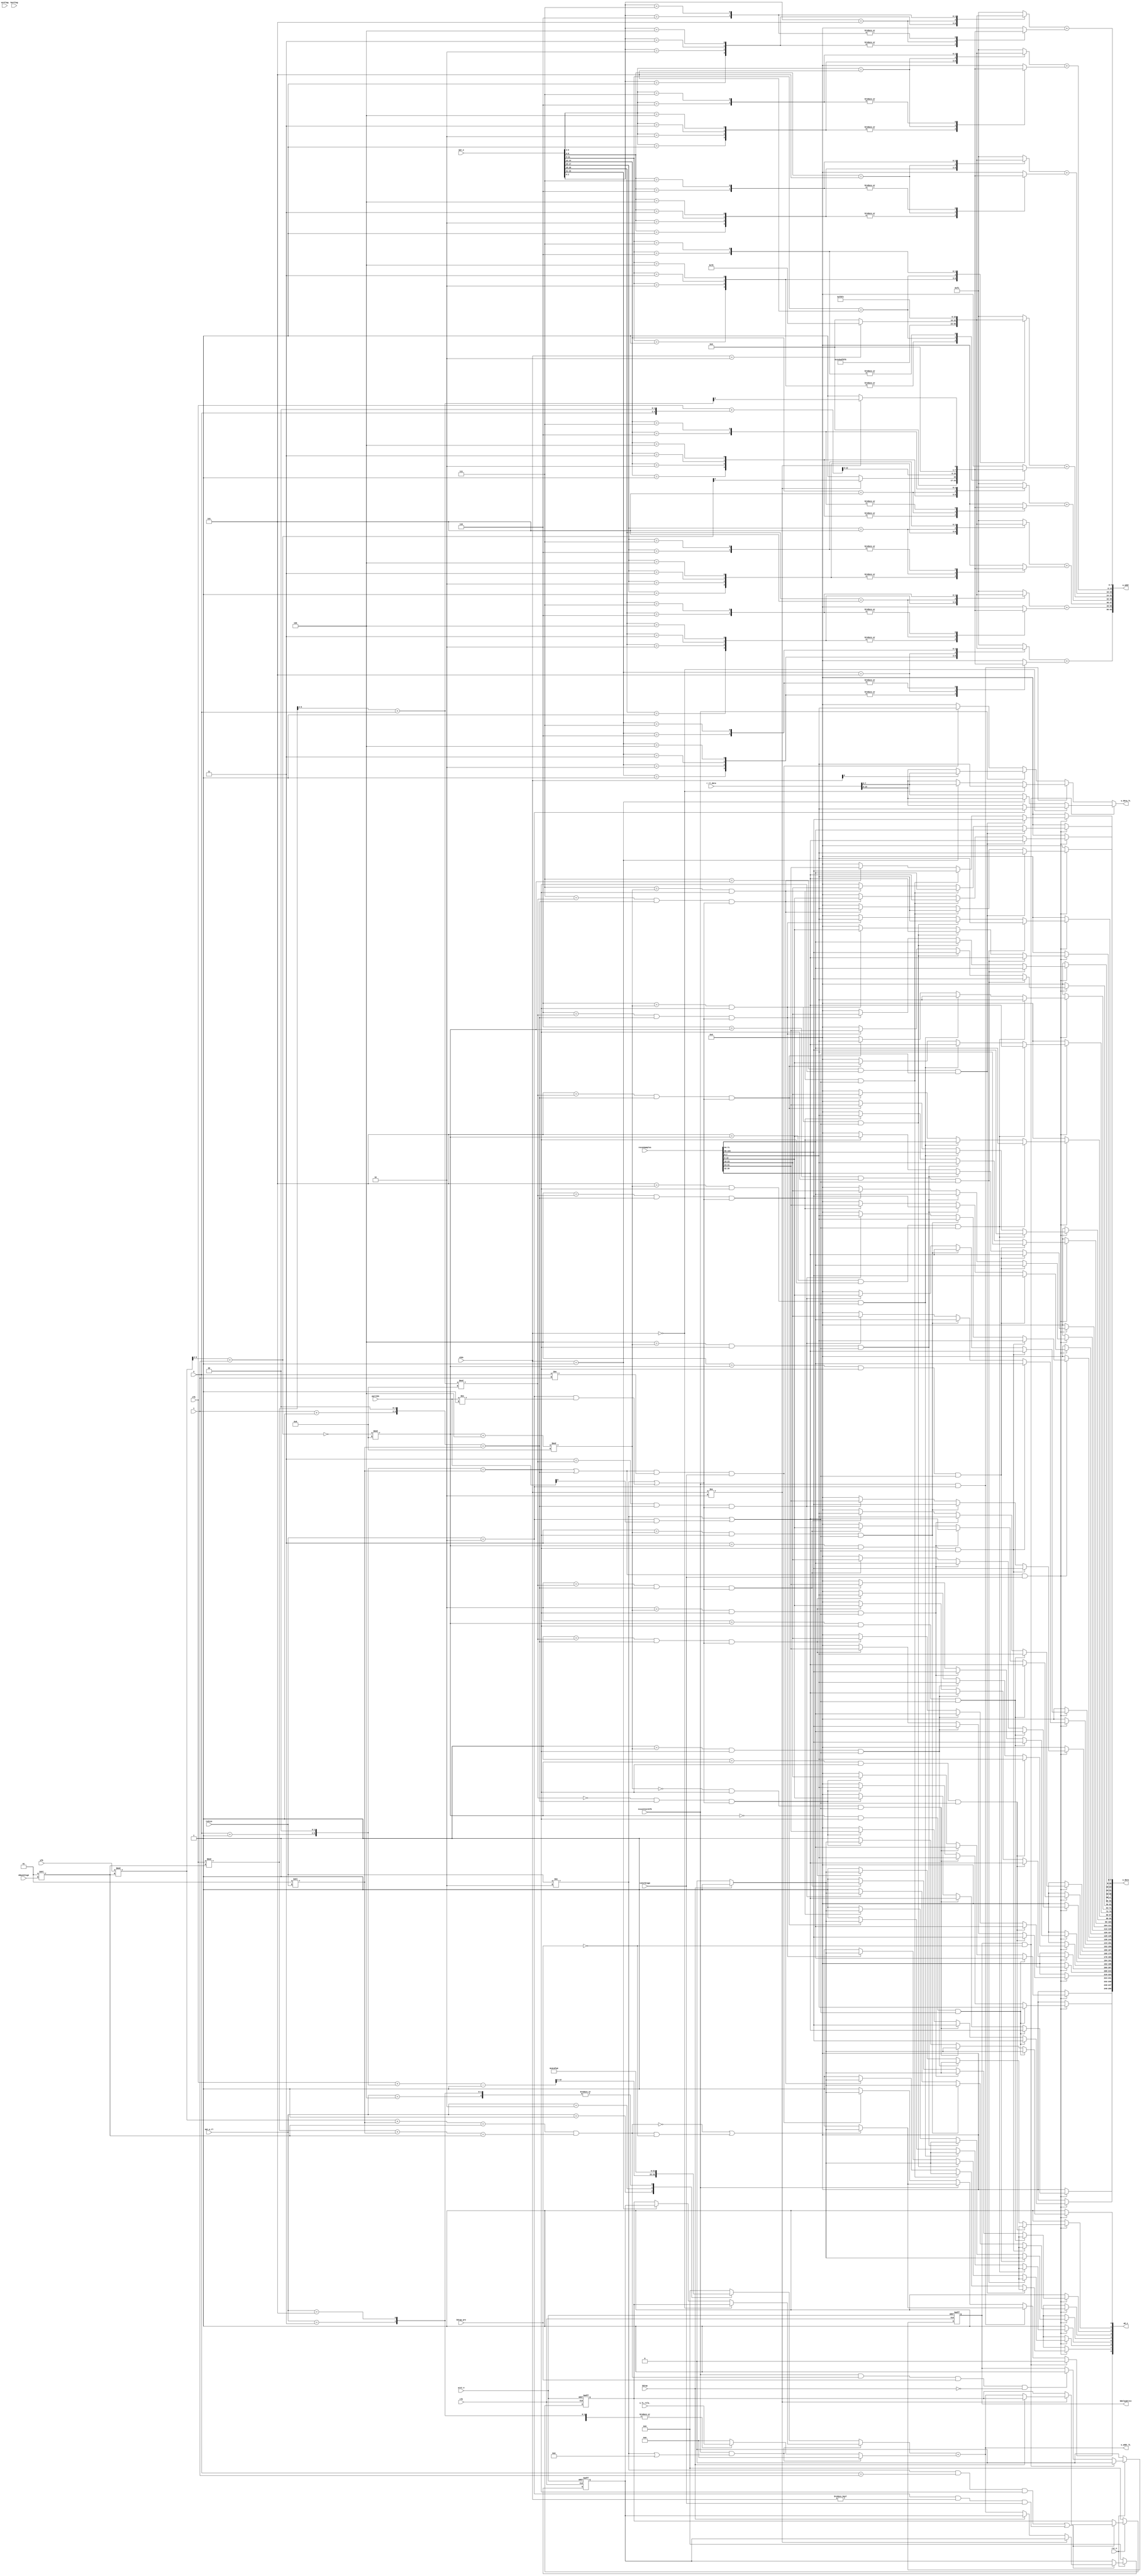
`timescale 1ns/1ps
module intra_write(
	clk,
	rst_n,
	arst_n,
	bStop,
	bStop_pre,
	reconSamples		//i
	,xTb
	,yTb
	,X
	,Y
	,tuSize
	,partIdx
	,nMaxCUlog2
	,verFlag
	,horFlag
	,isLastCycInTb
	,r_tl_data
	,isCalStage
	,cIdx
	
	,w_data				//o
	,w_data_TL
	,w_addr
	,w_addr_TL
	,wE_n 
	,bDelayWrite
	
	,opt_w_tl
	,opt_w
	,w_TL_rela_
);

	parameter					isChroma=0;
	parameter 					bitDepth = 8;
	parameter AW = 8;
	parameter SRAMDW = bitDepth*4;
	parameter AW_TL = 11;
	parameter nSRAMs = 8;
	
	parameter 							PIC_WIDTH = 7680;
	parameter							ADR_BASE = PIC_WIDTH>>5;
	parameter							ADR_BASE_TL = PIC_WIDTH>>2;
	
	input 								clk,rst_n,arst_n,bStop,bStop_pre;
	input [16*bitDepth-1:0]  			reconSamples;
	input [12:0]						xTb;
	input [12:0]						yTb;
	input [2:0]							X,Y;
	input [2:0] 						tuSize;
	input [bitDepth*2-1:0]  			r_tl_data;
	reg [bitDepth-1:0]  				r_tl_4,r_tl_4_cr;
	
	input [1:0]							partIdx;
	input [2:0]							nMaxCUlog2;
	input [15:0]						verFlag,horFlag;
	input								isLastCycInTb;
	input								isCalStage;
	input [1:0]							cIdx;
	
	input [3*8-1:0]						opt_w;
	input [2:0]							opt_w_tl;	
	input [4:0]							w_TL_rela_;
	
	output reg [SRAMDW*8-1:0]			w_data;
	output reg [bitDepth-1:0]			w_data_TL;
	output reg [AW*8-1:0]				w_addr;
	output reg [AW_TL-1:0]				w_addr_TL;
	output reg [8:0]                    wE_n;
	output reg 							bDelayWrite;
	
	reg [12:0] 							w_TL_base ;
	reg signed [4:0]					w_TL_rela ;

	reg [AW_TL-1:0]						reg_TL_adr,reg_TL_adr_cr;
	reg	[13:0]							xTbPlusXmin1;
	reg [bitDepth-1:0] 					recon[3:0][3:0];
	reg [bitDepth-1:0]					sramPix[7:0][3:0];
	reg [AW-1:0]			 			adr[7:0];


		
	
	reg [3:0] 							x_4inMaxCb,y_4inMaxCb; 
	reg [AW-1:0] 						adrShift[7:0];
	reg [AW-1:0] 						relaAdr[7:0];
	reg [6:0] 							nPB,nMaxCb;
	reg [6:0]							y_bar,x_bar;
	reg [5:0] 							Xplus1sf2,Yplus1sf2;
	reg 	  							addrYUVSel;
	reg									isLastTu;
	
	reg [2:0]							opt_tl;
	reg [2:0]							opt[7:0];	
	

	
	always @(*)	begin
		Xplus1sf2 = (X+1)<<2;
		Yplus1sf2 = (Y+1)<<2;
		addrYUVSel  = (cIdx[0]||cIdx[1]);
	
		nPB = 1<<tuSize;
		x_4inMaxCb = (xTb%nMaxCb>>2)+X;
		y_4inMaxCb = (yTb%nMaxCb>>2)+Y;
	
		xTbPlusXmin1 = xTb+Xplus1sf2-1;
		x_bar = xTbPlusXmin1%nMaxCb;
		y_bar = (yTb+Yplus1sf2-1)%nMaxCb;
		nMaxCb = (1<<nMaxCUlog2);
		isLastTu = (yTb%nMaxCb+nPB)==nMaxCb && (xTb%nMaxCb+nPB==nMaxCb);
		{r_tl_4,r_tl_4_cr} = r_tl_data;
		{opt_tl,opt[0],opt[1],opt[2],opt[3],opt[4],opt[5],opt[6],opt[7]} = {opt_w_tl,opt_w};
	end

	generate
	  genvar i,j;
	  for(i=0;i<4; i=i+1)begin: xi		//i: row
		  for(j=0 ;j<4;j=j+1) begin: xj		//j: col
		   always @(*)  begin   
		      recon[i][j] =  reconSamples[16*bitDepth-1-bitDepth*(4*i+j):15*bitDepth-bitDepth*(4*i+j)];
		  end
		 end
		end
		
	  genvar k,l;
	  for(k=0;k<8; k=k+1)begin	:xk		//k: row
		  for(l=0 ;l<4;l=l+1) begin: xl		//l: col
		   always @(*)  begin   
			  w_data [bitDepth*32-1-bitDepth*(4*k+l):bitDepth*31-bitDepth*(4*k+l)] =  sramPix[k][l];
		  end
		 end
		 always @(*)     
		    w_addr [8*AW-1 - AW*k : 7*AW - AW*k ]  = adr[k];		//[63 - AW*k : 56 - AW*k ]
		 
		end
		
		
	endgenerate

	/*<--------  write to SRAM TL*/
	always @(posedge clk or negedge arst_n)	begin
		if(~arst_n)	begin
			reg_TL_adr <=0 ;
			reg_TL_adr_cr <=0 ;
			bDelayWrite <= 0;
			end
		else if(!rst_n)	begin
			reg_TL_adr <=0 ;
			reg_TL_adr_cr <=0 ;
			bDelayWrite <= 0;
			end
		else 	begin
			if((tuSize!= 2 && X==Y && Xplus1sf2 == nPB) ||(tuSize==2 && cIdx!=0 && isCalStage))
				if(cIdx!=2)
					reg_TL_adr <= bStop? reg_TL_adr : w_addr_TL;
				else
					reg_TL_adr_cr <= bStop? reg_TL_adr_cr : w_addr_TL;
				
			if(isLastCycInTb && isLastTu && bStop_pre && !bStop)
				bDelayWrite <=1 ;
			if(bDelayWrite && !bStop_pre) 
				bDelayWrite <= 0;
			end
			
	end
	

	
	always @(*) begin
	
		w_TL_rela = 0;
		w_TL_base = 0;
		if(isLastCycInTb && (tuSize!=2 || isChroma))	begin
			w_TL_base = cIdx==0?reg_TL_adr:((cIdx==1)?reg_TL_adr_cr:reg_TL_adr);
			w_TL_rela = 0;
		end
		else  begin
			case(opt_tl)
			1:begin	
				w_TL_base = (!isChroma || cIdx==1)?(xTbPlusXmin1>>2): (ADR_BASE_TL>>1)+(xTbPlusXmin1>>2);   	//1024
				w_TL_rela = 0;			end
			2:begin
				w_TL_base = (!isChroma || cIdx==1)? ADR_BASE_TL+1:ADR_BASE_TL+9;				//2049:2057;		ADR_BASE_TL+1:ADR_BASE_TL+9
				w_TL_rela = w_TL_rela_;//((x_bar>>2)-(y_bar>>2));
			end
			3:begin
				w_TL_base =(!isChroma || cIdx==1)?  ADR_BASE_TL+32:ADR_BASE_TL+24;			//2080:2072;   ADR_BASE_TL+32:ADR_BASE_TL+24
				w_TL_rela = w_TL_rela_;//((y_bar>>2)-(x_bar>>2));
			end
			4:begin
				w_TL_base = (!isChroma || cIdx==1)?ADR_BASE_TL+32:ADR_BASE_TL+48;		//2080:2096   ADR_BASE_TL+32:ADR_BASE_TL+48
				w_TL_rela = 0;
			end
			5:begin
				w_TL_base = (!isChroma || cIdx==1)?ADR_BASE_TL+32:ADR_BASE_TL+41;			//2080:2089   ADR_BASE_TL+32:ADR_BASE_TL+48
				w_TL_rela = w_TL_rela_;//((y_bar>>2)-(x_bar>>2));
			end
			default: begin
				w_TL_rela = 0;
				w_TL_base = 0;
			end
			endcase

		end

		w_addr_TL = $signed(w_TL_base)+w_TL_rela;
		
		wE_n[8] = 1;
		if((bDelayWrite && !bStop_pre) )	begin
			wE_n[8] = 0;
			if(cIdx==0)
				w_data_TL = (tuSize==2)? recon[3][3]:r_tl_4;
			else if(cIdx==1)
				w_data_TL = r_tl_4;
			else 
				w_data_TL = r_tl_4_cr;
		end
		else begin
			if(isLastCycInTb && tuSize==2 )	begin
				w_data_TL = cIdx==0?recon[3][3]:(cIdx==1?r_tl_4_cr:r_tl_4);
				
				if(  (!isLastTu ) || (isLastTu && !bStop_pre))	begin
					wE_n[8] = !bStop? 0:1;
				end
				else 
					wE_n[8] = 1;
			end
			else if(isLastCycInTb )	begin
				w_data_TL = !cIdx[0]?r_tl_4:r_tl_4_cr;
				if( (!isLastTu ) || (isLastTu && !bStop_pre))	begin
					wE_n[8] = !bStop? 0:1;
				end
				else 
					wE_n[8] = 1;
				end
			else if((Xplus1sf2 == nPB || Yplus1sf2 == nPB) && (X!=Y) && isCalStage)	begin
				w_data_TL = recon[3][3];
				wE_n[8] = !bStop? 0:1;
				end
			else begin
				w_data_TL = 8'd0;
				wE_n[8] = 1;
			end
		end
		
		
		
	end

	
	
	
	/* write to SRAM TL     --------> */

	/*<--------  write to SRAM 0 to 7*/
	generate
		genvar t;
		for(t=0;t<8; t=t+1)begin		:xt
			always @(*) begin
			
				case(opt[t])
				1: begin
					adrShift[t] = ADR_BASE+2 ;			//258	ADR_BASE+2
					relaAdr[t] = (cIdx!=2'd2)?y_4inMaxCb[3]:1;
				end
				2:begin
					adrShift[t] = ADR_BASE+6;			//262	ADR_BASE+6
					relaAdr[t] = (cIdx!=2'd2)?y_4inMaxCb[3]:1;				
				end
				3:begin
					adrShift[t] = ADR_BASE+10;			//266:	ADR_BASE+10
					relaAdr[t] = (cIdx!=2'd2)?y_4inMaxCb[3]:1;
				end
				4:begin
					adrShift[t] = ADR_BASE+12;			//268:	ADR_BASE+12
					relaAdr[t] = (cIdx!=2'd2)?y_4inMaxCb[3]:1;
				end
				5:begin
					adrShift[t] = (cIdx==2'd2)?(ADR_BASE>>1):0; 		//128: ADR_BASE>>1;
					relaAdr[t]  =((xTb+(X<<2))>>5);
				end
				6:begin
					adrShift[t] = ADR_BASE+8;			//264:   ADR_BASE+8
					relaAdr[t] = (cIdx!=2'd2)?x_4inMaxCb[3]:1;
				end
				7:begin
					adrShift[t] = ADR_BASE+4;				//260:	ADR_BASE+4
					relaAdr[t] = (cIdx!=2'd2)?x_4inMaxCb[3]:1;
				end
				default:begin
					adrShift[t]=ADR_BASE+1;		//257:		ADR_BASE+1
					relaAdr[t]=0;
				end
				endcase
				adr[t] = (adrShift[t]+relaAdr[t]);
				// Can not be written in this way.
				sramPix[t][0] =  0;
				sramPix[t][1] =  0;
				sramPix[t][2] =  0;
				sramPix[t][3] =  0;
				 if(( Xplus1sf2 == nPB || Yplus1sf2 == nPB) && isCalStage ) begin			//opt##: if( ((X+1)<<2) == (1<<tuSize) || (Y+1)<<2) == (1<<tuSize) )
					  if(t == (~y_4inMaxCb)%8  && Xplus1sf2 == nPB &&  (tuSize!=2 || (tuSize==2 && partIdx[0]==1)))
							begin																									// write zone b or d or  b', d'			
								wE_n[t]= (bStop)? 1:0; 
								sramPix[t][0] =  recon[0][3];
								sramPix[t][1] =  recon[1][3];
								sramPix[t][2] =  recon[2][3];
								sramPix[t][3] =  recon[3][3];
	 
						end
					 else if(t== ((~y_4inMaxCb)%8+4)%8 && (Xplus1sf2 == nPB) && (tuSize!=2 || (tuSize==2 && partIdx[0]==1)))
							begin
								wE_n[t]= (bStop)? 1:0; 
								sramPix[t][0] =  recon[0][3];
								sramPix[t][1] =  recon[1][3];
								sramPix[t][2] =  recon[2][3];
								sramPix[t][3] =  recon[3][3];
							end
					else if(t == x_4inMaxCb%8 && Yplus1sf2 == nPB && (tuSize!=2 ||  (tuSize==2  && partIdx!=1))) 
						begin
					// write zone a or c  or e			
							wE_n[t]= (bStop)? 1:0; 
							sramPix[t][0] =  recon[3][0];
							sramPix[t][1] =  recon[3][1];
							sramPix[t][2] =  recon[3][2];
							sramPix[t][3] =  recon[3][3];
					end
					
					else 
						wE_n[t]= 1;				
				end	
				else
					wE_n[t]= 1;			
			end
		end
	endgenerate
	/* write to SRAM 0 to 7     --------> */

endmodule